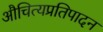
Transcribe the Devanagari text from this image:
औचित्यप्रतिपादन